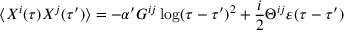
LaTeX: \langle X ^ { i } ( \tau ) X ^ { j } ( \tau ^ { \prime } ) \rangle = - \alpha ^ { \prime } G ^ { i j } \log ( \tau - \tau ^ { \prime } ) ^ { 2 } + { \frac { i } { 2 } } \Theta ^ { i j } \varepsilon ( \tau - \tau ^ { \prime } )